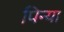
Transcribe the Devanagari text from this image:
पिन्या